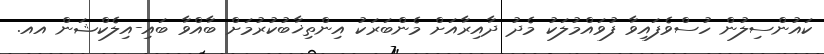
ކައުންސިލުން ހުސްވެފައިވާ ފުވައްމުލަކު މެދު ދާއިރާއަށް މެންބަރަކު އިންތިޚާބުކުރުމަށް ބާއްވާ ބައި-އިލެކްޝަން އއ.